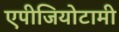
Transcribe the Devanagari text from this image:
एपीजियोटामी